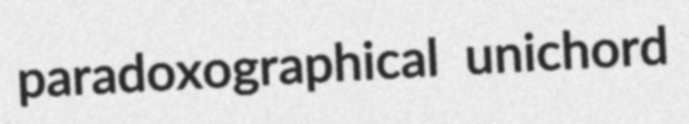
paradoxographical unichord